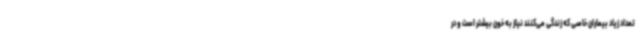
تعداد زیاد بیماران خاصی که زندگی می‌کنند نیاز به خون بیشتر است و در